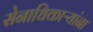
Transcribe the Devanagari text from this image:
सेनाधिकाऱ्यांना